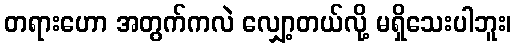
တရားဟော အတွက်ကလဲ လျှော့တယ်လို့ မရှိသေးပါဘူး၊